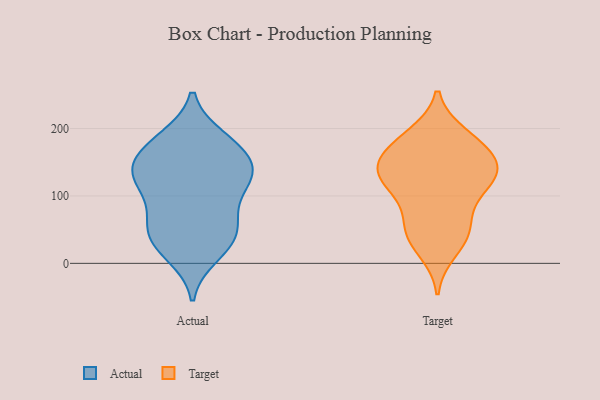
{"axis": {"x": "Net Income (USD K)", "y": "Value"}, "legend": ["Actual", "Target"], "data": [{"x": "", "y": 138, "type": "Actual"}, {"x": "", "y": 117, "type": "Actual"}, {"x": "", "y": 12, "type": "Actual"}, {"x": "", "y": 144, "type": "Actual"}, {"x": "", "y": 145, "type": "Actual"}, {"x": "", "y": 47, "type": "Actual"}, {"x": "", "y": 30, "type": "Actual"}, {"x": "", "y": 126, "type": "Actual"}, {"x": "", "y": 126, "type": "Actual"}, {"x": "", "y": 173, "type": "Actual"}, {"x": "", "y": 89, "type": "Actual"}, {"x": "", "y": 170, "type": "Actual"}, {"x": "", "y": 184, "type": "Actual"}, {"x": "", "y": 52, "type": "Actual"}, {"x": "", "y": 23, "type": "Actual"}, {"x": "", "y": 186, "type": "Actual"}, {"x": "", "y": 54, "type": "Actual"}, {"x": "", "y": 126, "type": "Actual"}, {"x": "", "y": 72, "type": "Actual"}, {"x": "", "y": 139, "type": "Target"}, {"x": "", "y": 165, "type": "Target"}, {"x": "", "y": 142, "type": "Target"}, {"x": "", "y": 122, "type": "Target"}, {"x": "", "y": 125, "type": "Target"}, {"x": "", "y": 191, "type": "Target"}, {"x": "", "y": 190, "type": "Target"}, {"x": "", "y": 18, "type": "Target"}, {"x": "", "y": 102, "type": "Target"}, {"x": "", "y": 164, "type": "Target"}, {"x": "", "y": 39, "type": "Target"}, {"x": "", "y": 57, "type": "Target"}, {"x": "", "y": 133, "type": "Target"}, {"x": "", "y": 61, "type": "Target"}, {"x": "", "y": 141, "type": "Target"}, {"x": "", "y": 172, "type": "Target"}, {"x": "", "y": 105, "type": "Target"}, {"x": "", "y": 42, "type": "Target"}]}